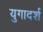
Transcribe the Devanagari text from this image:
युगादर्श